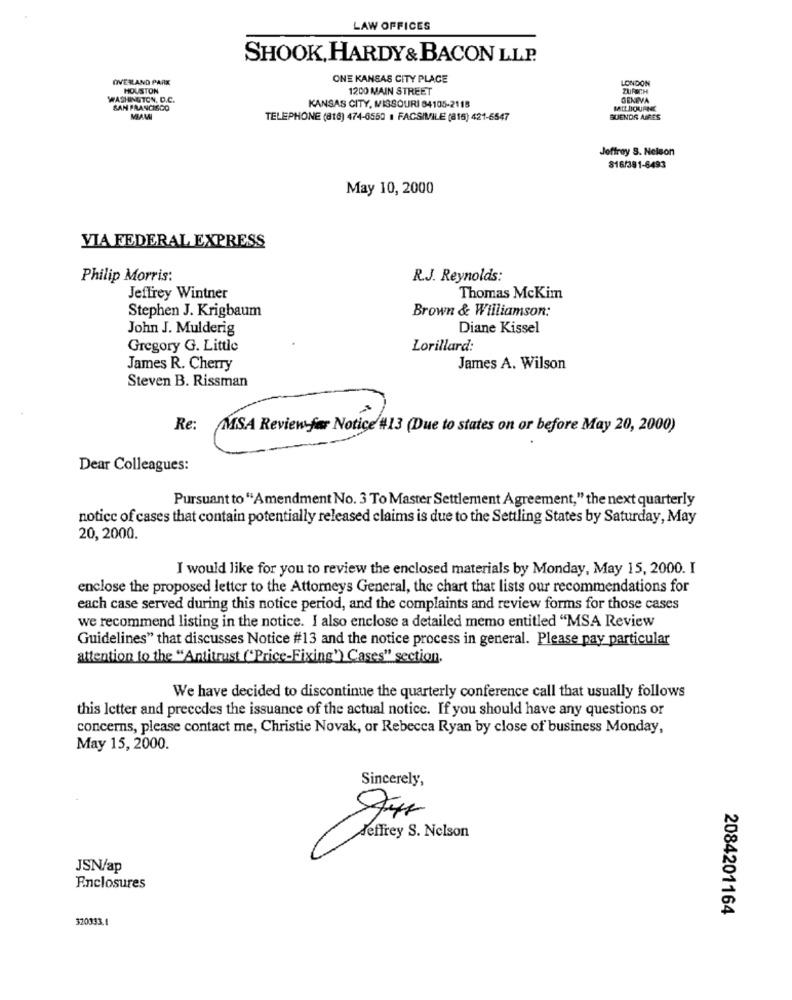
LAW OFFICES
SHOOK, HARDY & BACON LLP.
OVERLAND PARK
ONE KANSAS CITY PLACE
LONDON
HOUSTON
1200 MAIN STREET
ZURICH
WASHINGTON, D.C.
GENEVA
SAN FRANCISCO
KANSAS CITY, MISSOURI 84105-2118
MELBOURNE
MAW
TELEPHONE (816) 474-6550 1 FACSIMILE (816) 421-6547
BUENOS AIRES
Joffrey S. Nelson
816/381-6493
May 10, 2000
VIA FEDERAL EXPRESS
Philip Morris:
R.J. Reynolds:
Jeffrey Wintner
Thomas McKim
Brown & Williamson:
Stephen J. Krigbaum
John J. Mulderig
Diane Kissel
Gregory G. Little
Lorillard:
James R. Cherry
James A. Wilson
Steven B. Rissman
Re: MSA Review før Notice #13 (Due to states on or before May 20, 2000)
Dear Colleagues:
Pursuant to "Amendment No. 3 To Master Settlement Agreement," the next quarterly
notice of cases that contain potentially released claims is due to the Settling States by Saturday, May
20, 2000.
I would like for you to review the enclosed materials by Monday, May 15, 2000. I
enclose the proposed letter to the Attorneys General, the chart that lists our recommendations for
each case served during this notice period, and the complaints and review forms for those cases
we recommend listing in the notice. I also enclose a detailed memo entitled "MSA Review
Guidelines" that discusses Notice #13 and the notice process in general. Please pay particular
attention to the "Antitrust ('Price-Fixing') Cases" section.
We have decided to discontinue the quarterly conference call that usually follows
this letter and precedes the issuance of the actual notice. If you should have any questions or
concerns, please contact me, Christie Novak, or Rebecca Ryan by close of business Monday,
May 15, 2000.
Sincerely,
Jeffrey S. Nelson
JSN/ap
Enclosures
2084201164
320033.1